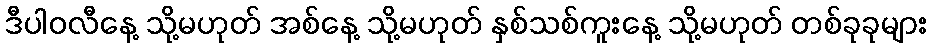
ဒီပါဝလီနေ့ သို့မဟုတ် အစ်နေ့ သို့မဟုတ် နှစ်သစ်ကူးနေ့ သို့မဟုတ် တစ်ခုခုများ